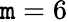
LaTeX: \mathtt{m}=6